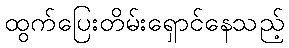
ထွက်ပြေးတိမ်းရှောင်နေသည့်